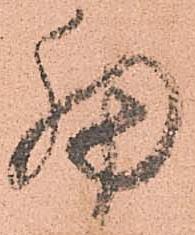
細